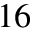
1 6